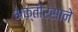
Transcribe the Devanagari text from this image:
भक्तीरसाने